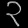
Digit: ၃